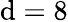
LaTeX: \mathrm{d}=8